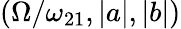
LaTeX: \left(\Omega/\omega_{21},|a|,|b|\right)